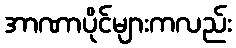
အာဏာပိုင်များကလည်း